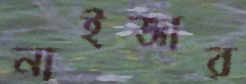
নাইজার